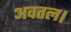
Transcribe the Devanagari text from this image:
अवतल।